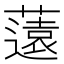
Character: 薳